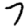
Digit: 7